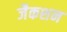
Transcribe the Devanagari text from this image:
जैकशन